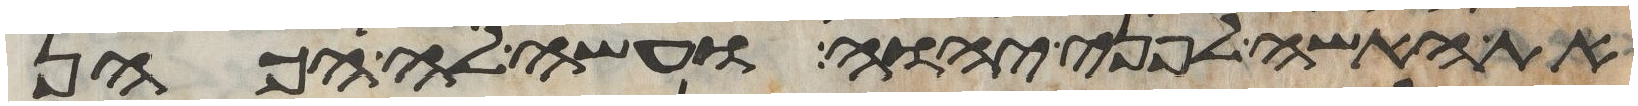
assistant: את האשה לפני יהוה ועשה לה הכהן